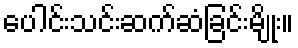
ပေါင်းသင်းဆက်ဆံခြင်းမျိုး။